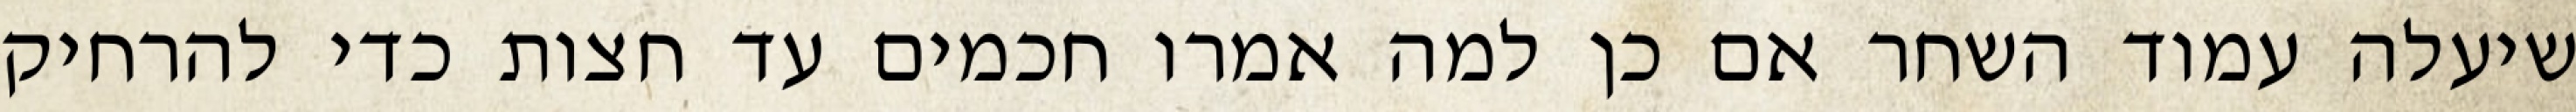
שיעלה עמוד השחר אם כן למה אמרו חכמים עד חצות כדי להרחיק